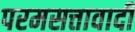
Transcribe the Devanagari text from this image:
परमसत्तावादी